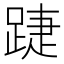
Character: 踕